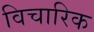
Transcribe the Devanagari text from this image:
विचारिक